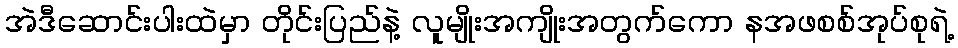
အဲဒီဆောင်းပါးထဲမှာ တိုင်းပြည်နဲ့ လူမျိုးအကျိုးအတွက်ကော နအဖစစ်အုပ်စုရဲ့